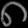
Digit: ၈